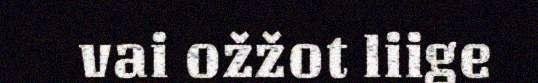
vai ožžot liige